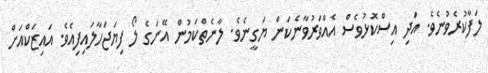
ލަފާކުރެވުނެވެ. އަދި އިސްކޮޅުވެސް އެއްވަރުވާނެކަން ޔަގީނެވެ. ލާނެތްކަމުން އޭނަގެ ލޯ ފިޔަޖަހާލައިފިއެވެ. އައިޒަކްއަށް